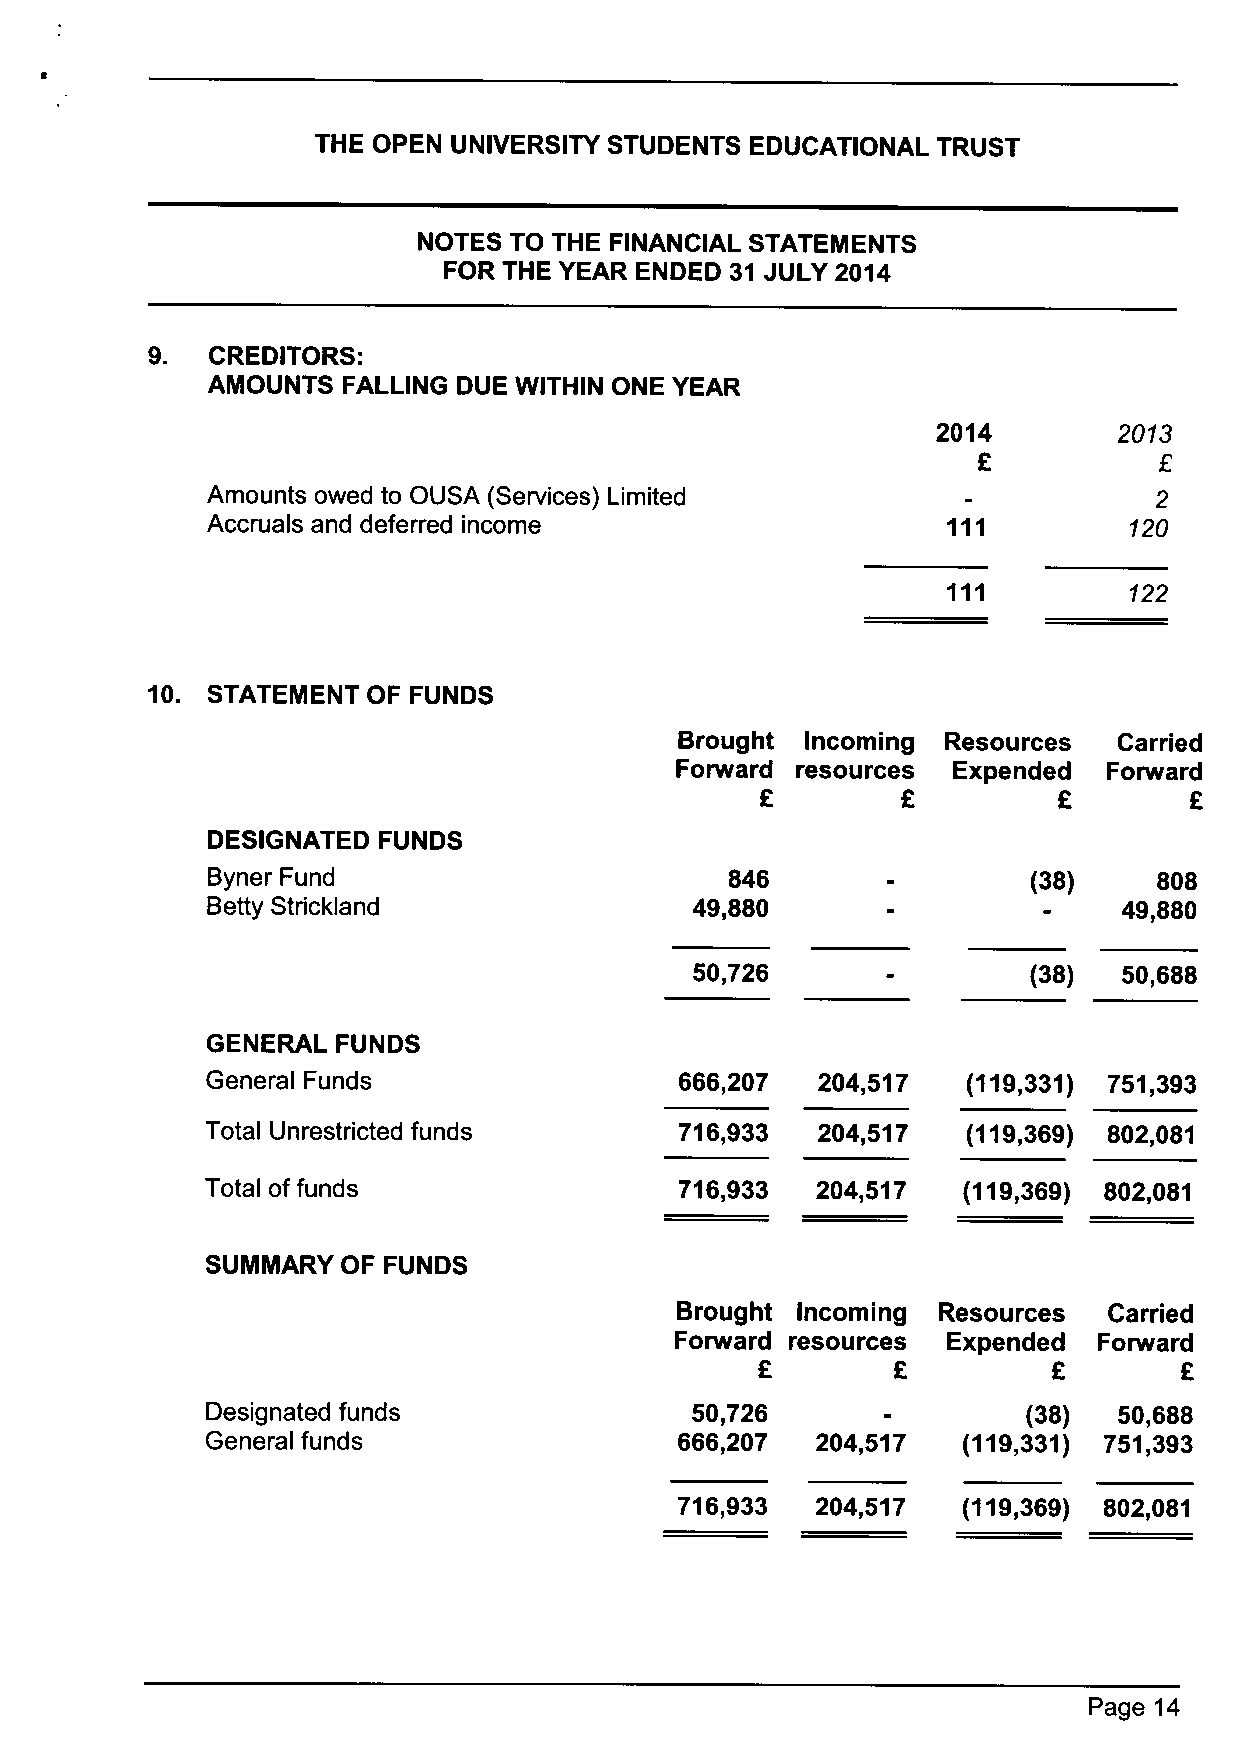
THE OPEN UNIVERSITY STUDENTS EDUCATIONAL TRUST
 NOTES TO THE FINANCIAL STATEMENTS
 FOR THE YEAR ENDED 31 JULY 2014
 9.  CREDITORS:
 AMOUNTS  FALLING DUE WITHIN ONE YEAR
 2014        2013
 Amounts owed to OUSA (Services) Limited                        2
 Accruals and deferred income                                 120
 122
 10. STATEMENT OF FUNDS
 Brought Incoming  Resources  Carried
 Forward resources Expended  Forward
 DESIGNATED FUNDS
 Byner Fund                        846                 (38)     808
 Betty Strickland                49,880                      49,880
 50,726                (38)  50,688
 GENERAL FUNDS
 General Funds                  666,207  204,517   (119,331) 751,393
 Total Unrestricted funds       716,933  204,517   (119,369) 802,081
 Total of funds                 716,933  204,517   (119,369) 802,081
 SUMMARY  OF FUNDS
 Brought Incoming Resources  Carried
 Forward resources Expended  Forward
 Designated funds                50,726                (38)  50,688
 General funds                  666,207  204,517   (119,331) 751,393
 716,933  204,517   (119,369) 802,081
 Page 14